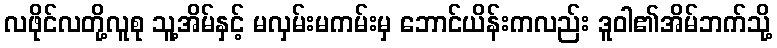
လဖိုင်လတို့လူစု သူ့အိမ်နှင့် မလှမ်းမကမ်းမှ ဘောင်ယိန်းကလည်း ဒူဝါ၏အိမ်ဘက်သို့